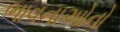
ભાવનાઓનો